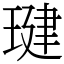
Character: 𤧣